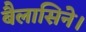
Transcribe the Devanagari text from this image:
बैलासिने।